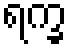
ရက္ခ